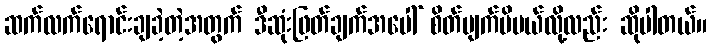
ဆက်လက်ရောင်းချခဲ့တဲ့အတွက် ဒီဆုံးဖြတ်ချက်အပေါ် စိတ်ပျက်မိမယ်လို့လည်း ဆိုပါတယ်။